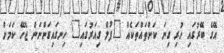
އޭގެ ބޭރުގައި ހުރި ގިނަ ކަންތައްތަކެއް "ފުލް ގިއަރުގައި" ހިނގައިގަންނަން ޖެހޭ ކަމަށް